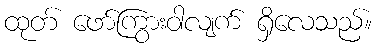
ထုတ် ဖော်ကြွားဝါလျက် ရှိလေသည်။